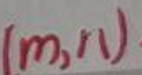
$(m, r_1)$